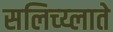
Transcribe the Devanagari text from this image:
सलिच्य्लाते